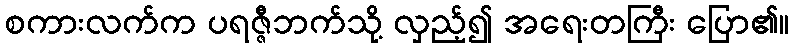
စကားလက်က ပရဇ္ဇီဘက်သို့ လှည့်၍ အရေးတကြီး ပြော၏။